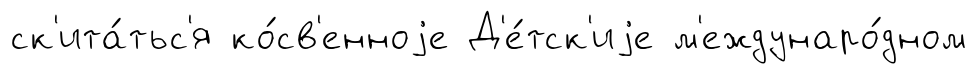
ск'ита́тьс'я ко́св'енноjе Д'е́тск'иjе м'еждунаро́дном